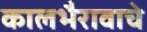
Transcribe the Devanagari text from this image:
कालभैरावाचे